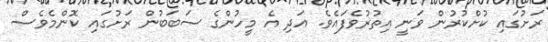
ރަށުގައި ކުށްކުރުން ވަނީ އިތުރުވެފައެވެ. އަދި އެ މީހުންގެ ސަބަބުން ރަށުގައި ކޮންމެވެސް